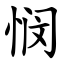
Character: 悯